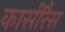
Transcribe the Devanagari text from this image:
कासीरैस